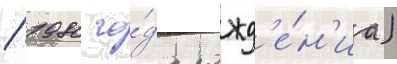
/ 1980 го́да рожд'е́н'иа)